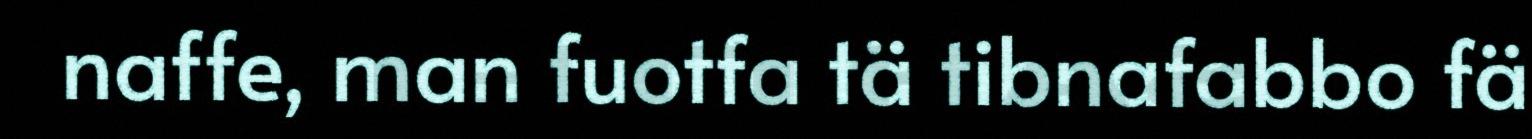
naffe, man fuotfa tä tibnafabbo fä